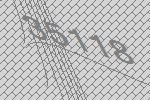
35118